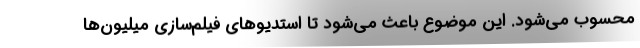
محسوب می‌شود. این موضوع باعث می‌شود تا استدیوهای فیلم‌سازی میلیون‌ها